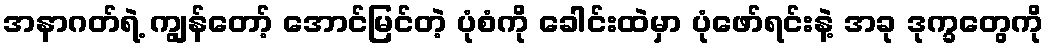
အနာဂတ်ရဲ့ ကျွန်တော့် အောင်မြင်တဲ့ ပုံစံကို ခေါင်းထဲမှာ ပုံဖော်ရင်းနဲ့ အခု ဒုက္ခတွေကို